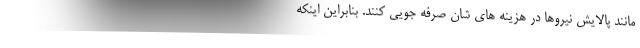
مانند پالایش نیروها در هزینه های شان صرفه جویی کنند. بنابراین اینکه